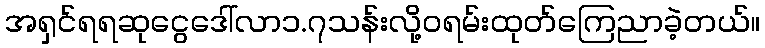
အရှင်ရရဆုငွေဒေါ်လာ၁.၇သန်းလို့ဝရမ်းထုတ်ကြေညာခဲ့တယ်။